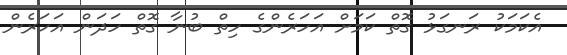
އެކަމަކު ރަނގަޅު ގޮތް ކަމަށް އަހަރެންގެ ހިތް ބުނާ ގޮތް ހަދަން އަހަރެން